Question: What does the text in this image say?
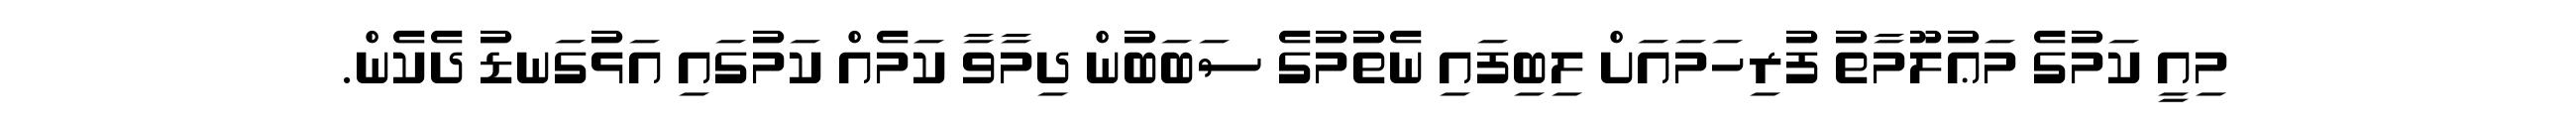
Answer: މިއީ ކަމުގެ މަޢުލޫމާތު ފުރިހަމައަށް ލިބިފައި ނެތުމުގެ ސަބަބުން ދިމާވާ ކަމެއް ކަމުގައި އަޅުގަނޑު ދެކެން.